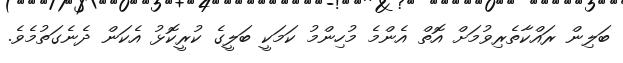
ބަލިން ރައްކާތެރިވުމަށް އޮތް އެންމެ މުހިންމު ކަމަކީ ބަލީގެ ކުރީކޮޅު އެކަން ދެނެގަތުމެވެ.